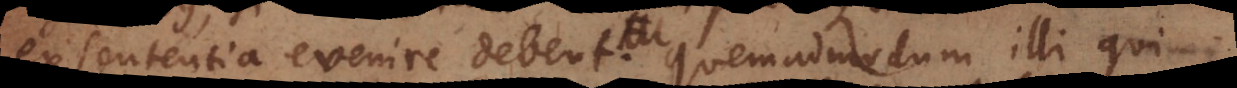
ex sententia evenire debent. Quemadmodum illi qui